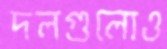
দলগুলোও